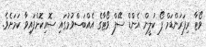
ވޯޓާ ރިފަރަންޑަމް ފޯ ކުލީން އެންޑް ސޭފް ވޯޓާގެ އެއްބަސްވުމުގައި ސޮއިކޮށްފައިވާ ކަމަށެވެ.